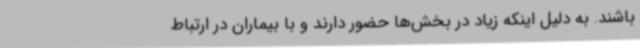
باشند. به دلیل اینکه زیاد در بخش‌ها حضور دارند و با بیماران در ارتباط